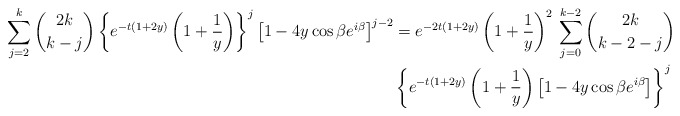
\begin{align*}\sum_{j=2}^k \binom{2k}{k-j}\left\{e^{-t(1+2y)} \left(1+\frac{1}{y}\right)\right\}^j\left[1-4y\cos\beta e^{i\beta}\right]^{j-2} &= e^{-2t(1+2y)} \left(1+\frac{1}{y}\right)^2 \, \sum_{j=0}^{k-2} \binom{2k}{k-2-j}\\&\left\{e^{-t(1+2y)} \left(1+\frac{1}{y}\right)\left[1-4y\cos\beta e^{i\beta}\right]\right\}^{j}\end{align*}